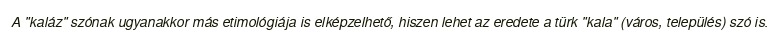
A "kaláz" szónak ugyanakkor más etimológiája is elképzelhető, hiszen lehet az eredete a türk "kala" (város, település) szó is.